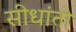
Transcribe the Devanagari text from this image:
सीधांतो